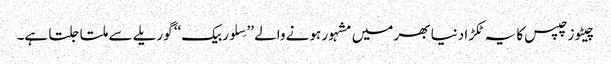
چیٹوز چپس کا یہ ٹکڑا دنیا بھر میں مشہور ہونے والے ’’سِلوربیک‘‘ گوریلے سے ملتا جلتا ہے۔